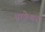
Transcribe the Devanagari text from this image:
धाकेश्वर